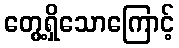
တွေ့ရှိသောကြောင့်